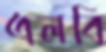
এলবি